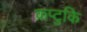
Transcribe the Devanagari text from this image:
क्रप्टुकि